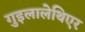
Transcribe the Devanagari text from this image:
गुइलालेथिएर